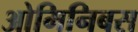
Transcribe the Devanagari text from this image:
ओमिनिबस